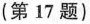
(第17题)